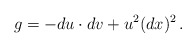
\begin{align*}g = -du\cdot dv + u^2(dx)^2\,. \end{align*}